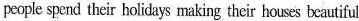
pecple spend their holidays making their houses beautiful